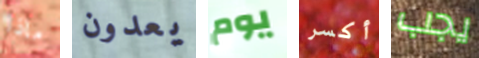
ماذا يعدون يوم أكسر يجب